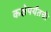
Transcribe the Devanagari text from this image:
कक्षेपर्यंतची